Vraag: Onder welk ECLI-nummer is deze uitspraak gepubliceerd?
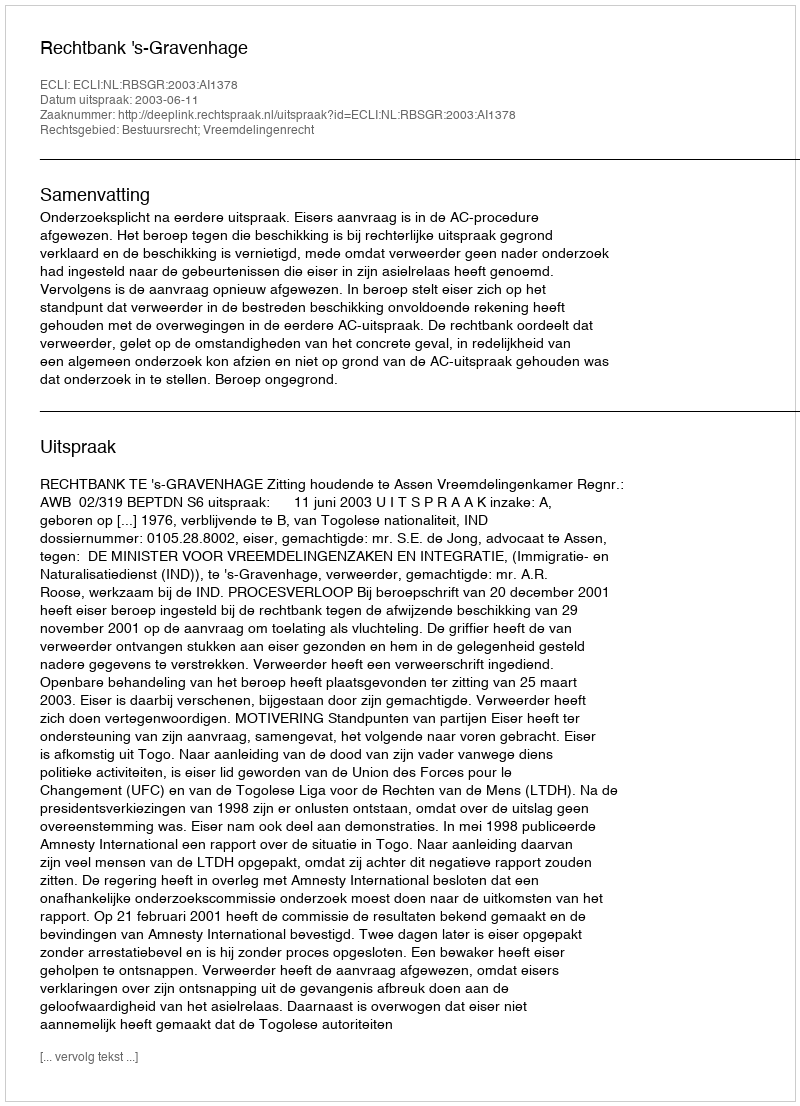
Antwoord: ECLI:NL:RBSGR:2003:AI1378